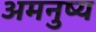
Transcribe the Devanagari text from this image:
अमनुष्य